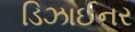
ડિઝાઈનર